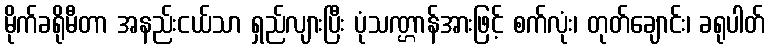
မိုက်ခရိုမီတာ အနည်းငယ်သာ ရှည်လျားပြီး ပုံသဏ္ဌာန်အားဖြင့် စက်လုံး၊ တုတ်ချောင်း၊ ခရုပါတ်